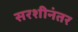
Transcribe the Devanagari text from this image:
सरशीनंतर